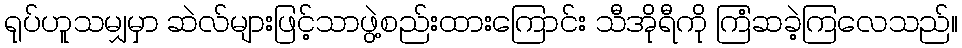
ရုပ်ဟူသမျှမှာ ဆဲလ်များဖြင့်သာဖွဲ့စည်းထားကြောင်း သီအိုရီကို ကြံဆခဲ့ကြလေသည်။